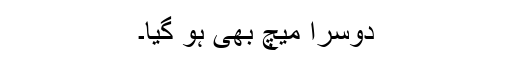
دوسرا میچ بھی ہو گیا۔